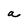
Character: a